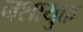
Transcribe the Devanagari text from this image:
नशायुक्त